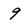
Character: 9